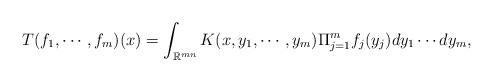
LaTeX: \begin{align*}T(f_{1}, \cdots, f_{m})(x) = \int_{\mathbb{R}^{mn}} K(x,y_{1}, \cdots, y_{m}) \Pi_{j=1}^{m} f_{j}(y_{j}) dy_{1}\cdots dy_{m},\end{align*}